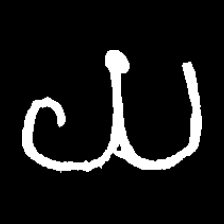
Pyu character \u2014 Myanmar letter: ယ (romanized: ya)